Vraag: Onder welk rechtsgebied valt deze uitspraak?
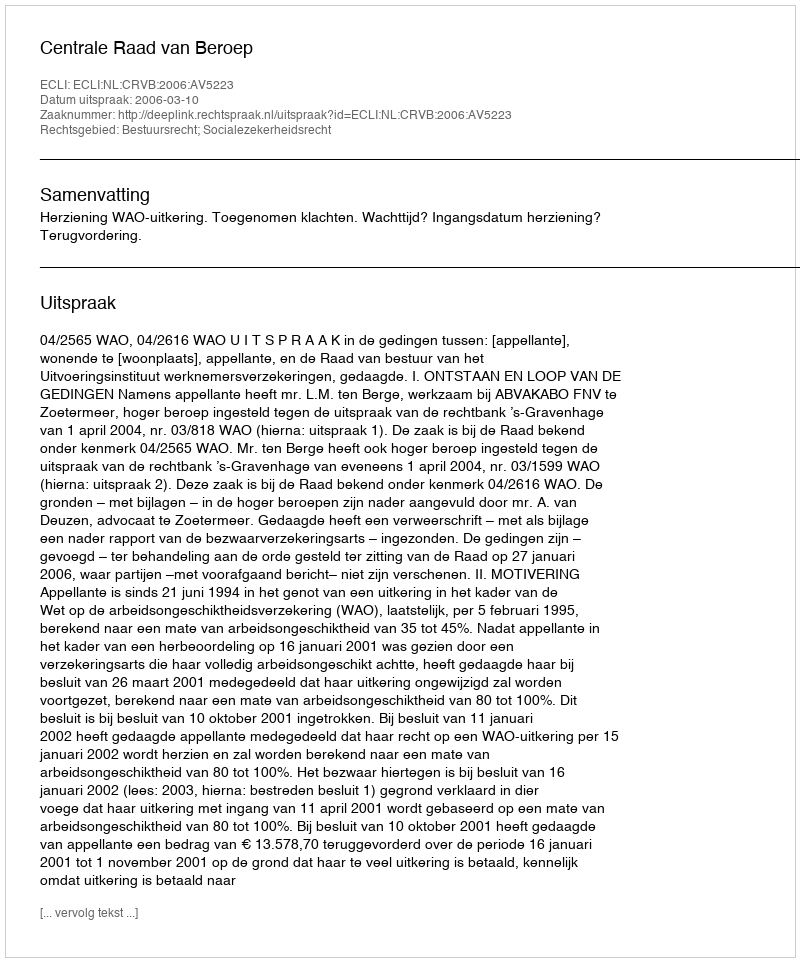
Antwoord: Bestuursrecht; Socialezekerheidsrecht